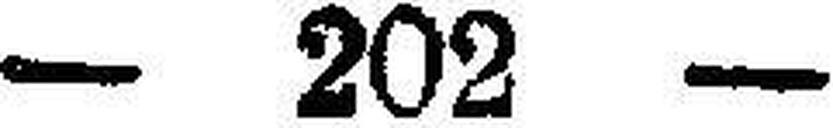
— 202 —